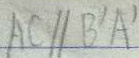
A C / / B ^ { \prime } A ^ { \prime }